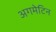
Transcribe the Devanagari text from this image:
अगमेटिन